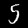
Label: 5